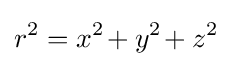
r^{2}=x^{2\!}+y^{2\!}+z^{2}